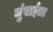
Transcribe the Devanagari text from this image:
मुंबाईला